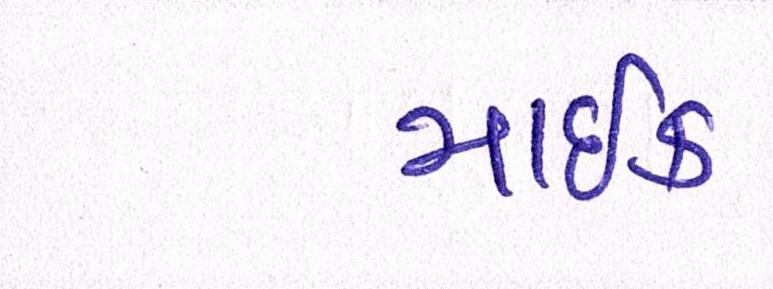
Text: માઇક